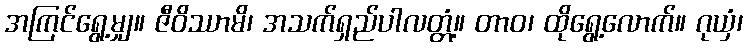
အကြင်ရွေ့မျှ။ ဇီဝိဿာမိ၊ အသက်ရှည်ပါလတ္တံ့။ တာဝ၊ ထိုရွေ့လောက်။ ဂုယှံ၊